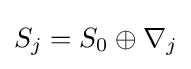
S_{j}=S_{0}\oplus \nabla _{j}